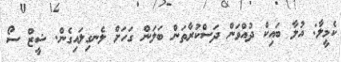
ކެމީލާ: އުލާ ބައިކް ދުއްވަން ދަސްކުރާތަން ބަލަން ގަހަށް ލެނގިލައިގެން. ޝީޒް ސޯ